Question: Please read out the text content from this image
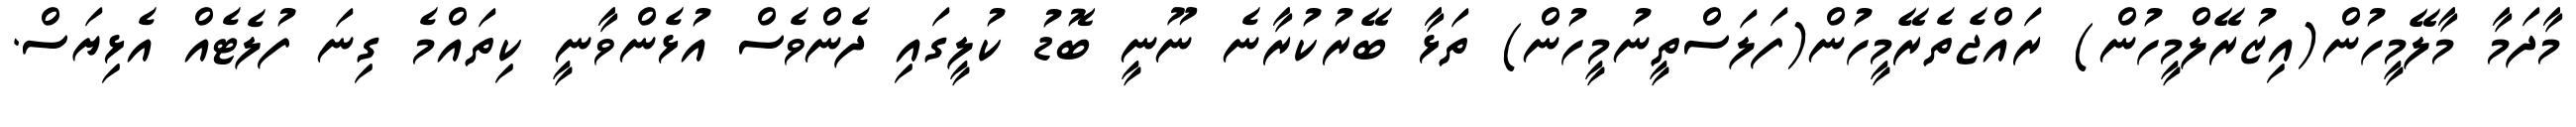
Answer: މާދަމާ މާލޭމީހުން(އިޒުރޭލްމީހުން) ރައްޖެތެރޭމީހުން(ފަލަސްތީނުމީހުން) ތަޅާ ބޭރުކުރާނެ ނޫނީ ބޮޑު ކުލީގައި ދެންވެސް އުޅެންވާނީ ކިތައްމެ ގިނަ ފުލެޓެއް އެޅިޔަސް.